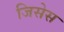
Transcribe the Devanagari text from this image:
जिसेस